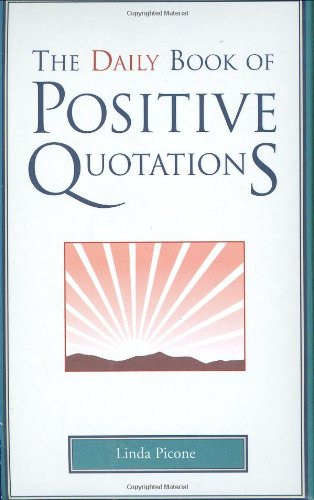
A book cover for The Daily Book of Positive Quotations; Linda Picone; Self-Help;